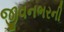
જીવનભરની